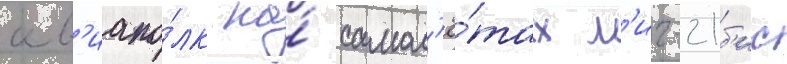
ав'иапо́лк на́ самол'ё́тах м'иг-21б'ис